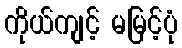
ကိုယ်ကျင့် မမြင့်ပုံ